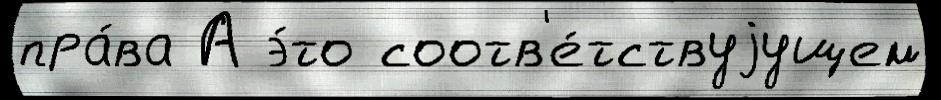
пра́ва А э́то соотв'е́тствуjущем